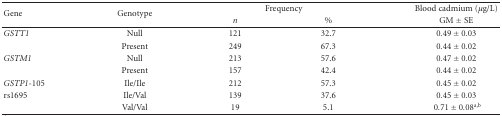
<table><thead><tr><td rowspan="2"><b> Gene</b></td><td rowspan="2"><b>Genotype</b></td><td colspan="2"><b>Frequency</b></td><td><b> Blood cadmium (<i>μ</i>g/L)</b></td></tr><tr><td><b><i>n</i></b></td><td><b>%</b></td><td><b>GM ± SE</b></td></tr></thead><tbody><tr><td><i>GSTT1</i></td><td>Null</td><td>121</td><td>32.7</td><td>0.49 ± 0.03</td></tr><tr><td></td><td>Present</td><td>249</td><td>67.3</td><td>0.44 ± 0.02</td></tr><tr><td><i>GSTM1</i></td><td>Null</td><td>213</td><td>57.6</td><td>0.47 ± 0.02</td></tr><tr><td></td><td>Present</td><td>157</td><td>42.4</td><td>0.44 ± 0.02</td></tr><tr><td><i>GSTP1</i>-105</td><td>Ile/Ile</td><td>212</td><td>57.3</td><td>0.45 ± 0.02</td></tr><tr><td>rs1695</td><td>Ile/Val</td><td>139</td><td>37.6</td><td>0.45 ± 0.03</td></tr><tr><td></td><td>Val/Val</td><td>19</td><td>5.1</td><td>0.71 ± 0.08<sup>a,b</sup></td></tr></tbody></table>